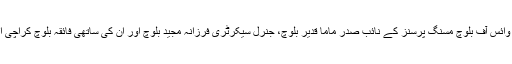
اب سے چار روز قبل وائس آف بلوچ مسنگ پرسنز کے نائب صدر ماما قدیر بلوچ، جنرل سیکرٹری فرزانہ مجید بلوچ اور ان کی ساتھی فائقہ بلوچ کراچی ایئرپورٹ پہنچتے ہیں۔